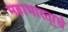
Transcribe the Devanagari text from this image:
महाभारता॒चे